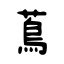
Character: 蔦